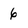
Character: 6